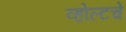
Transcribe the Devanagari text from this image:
व्होल्टचे